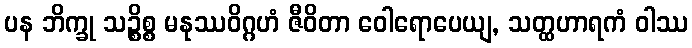
ပန ဘိက္ခု သဉ္စိစ္စ မနုဿဝိဂ္ဂဟံ ဇီဝိတာ ဝေါရောပေယျ, သတ္ထဟာရကံ ဝါဿ